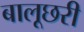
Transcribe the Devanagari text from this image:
बालूछरी